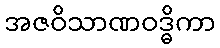
အဇဝိသာဏဝဒ္ဓိကာ